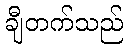
ချီတက်သည်